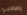
ياصاحبي